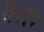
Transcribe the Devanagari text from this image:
भैरप्प